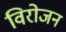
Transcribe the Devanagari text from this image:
विरोजन